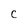
Character: C